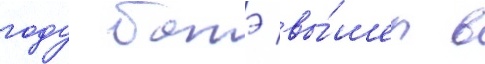
году батэ вы́шел в